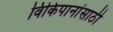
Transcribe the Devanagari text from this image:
विकिपानांसाठी